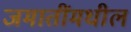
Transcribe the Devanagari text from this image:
जमातींमधील